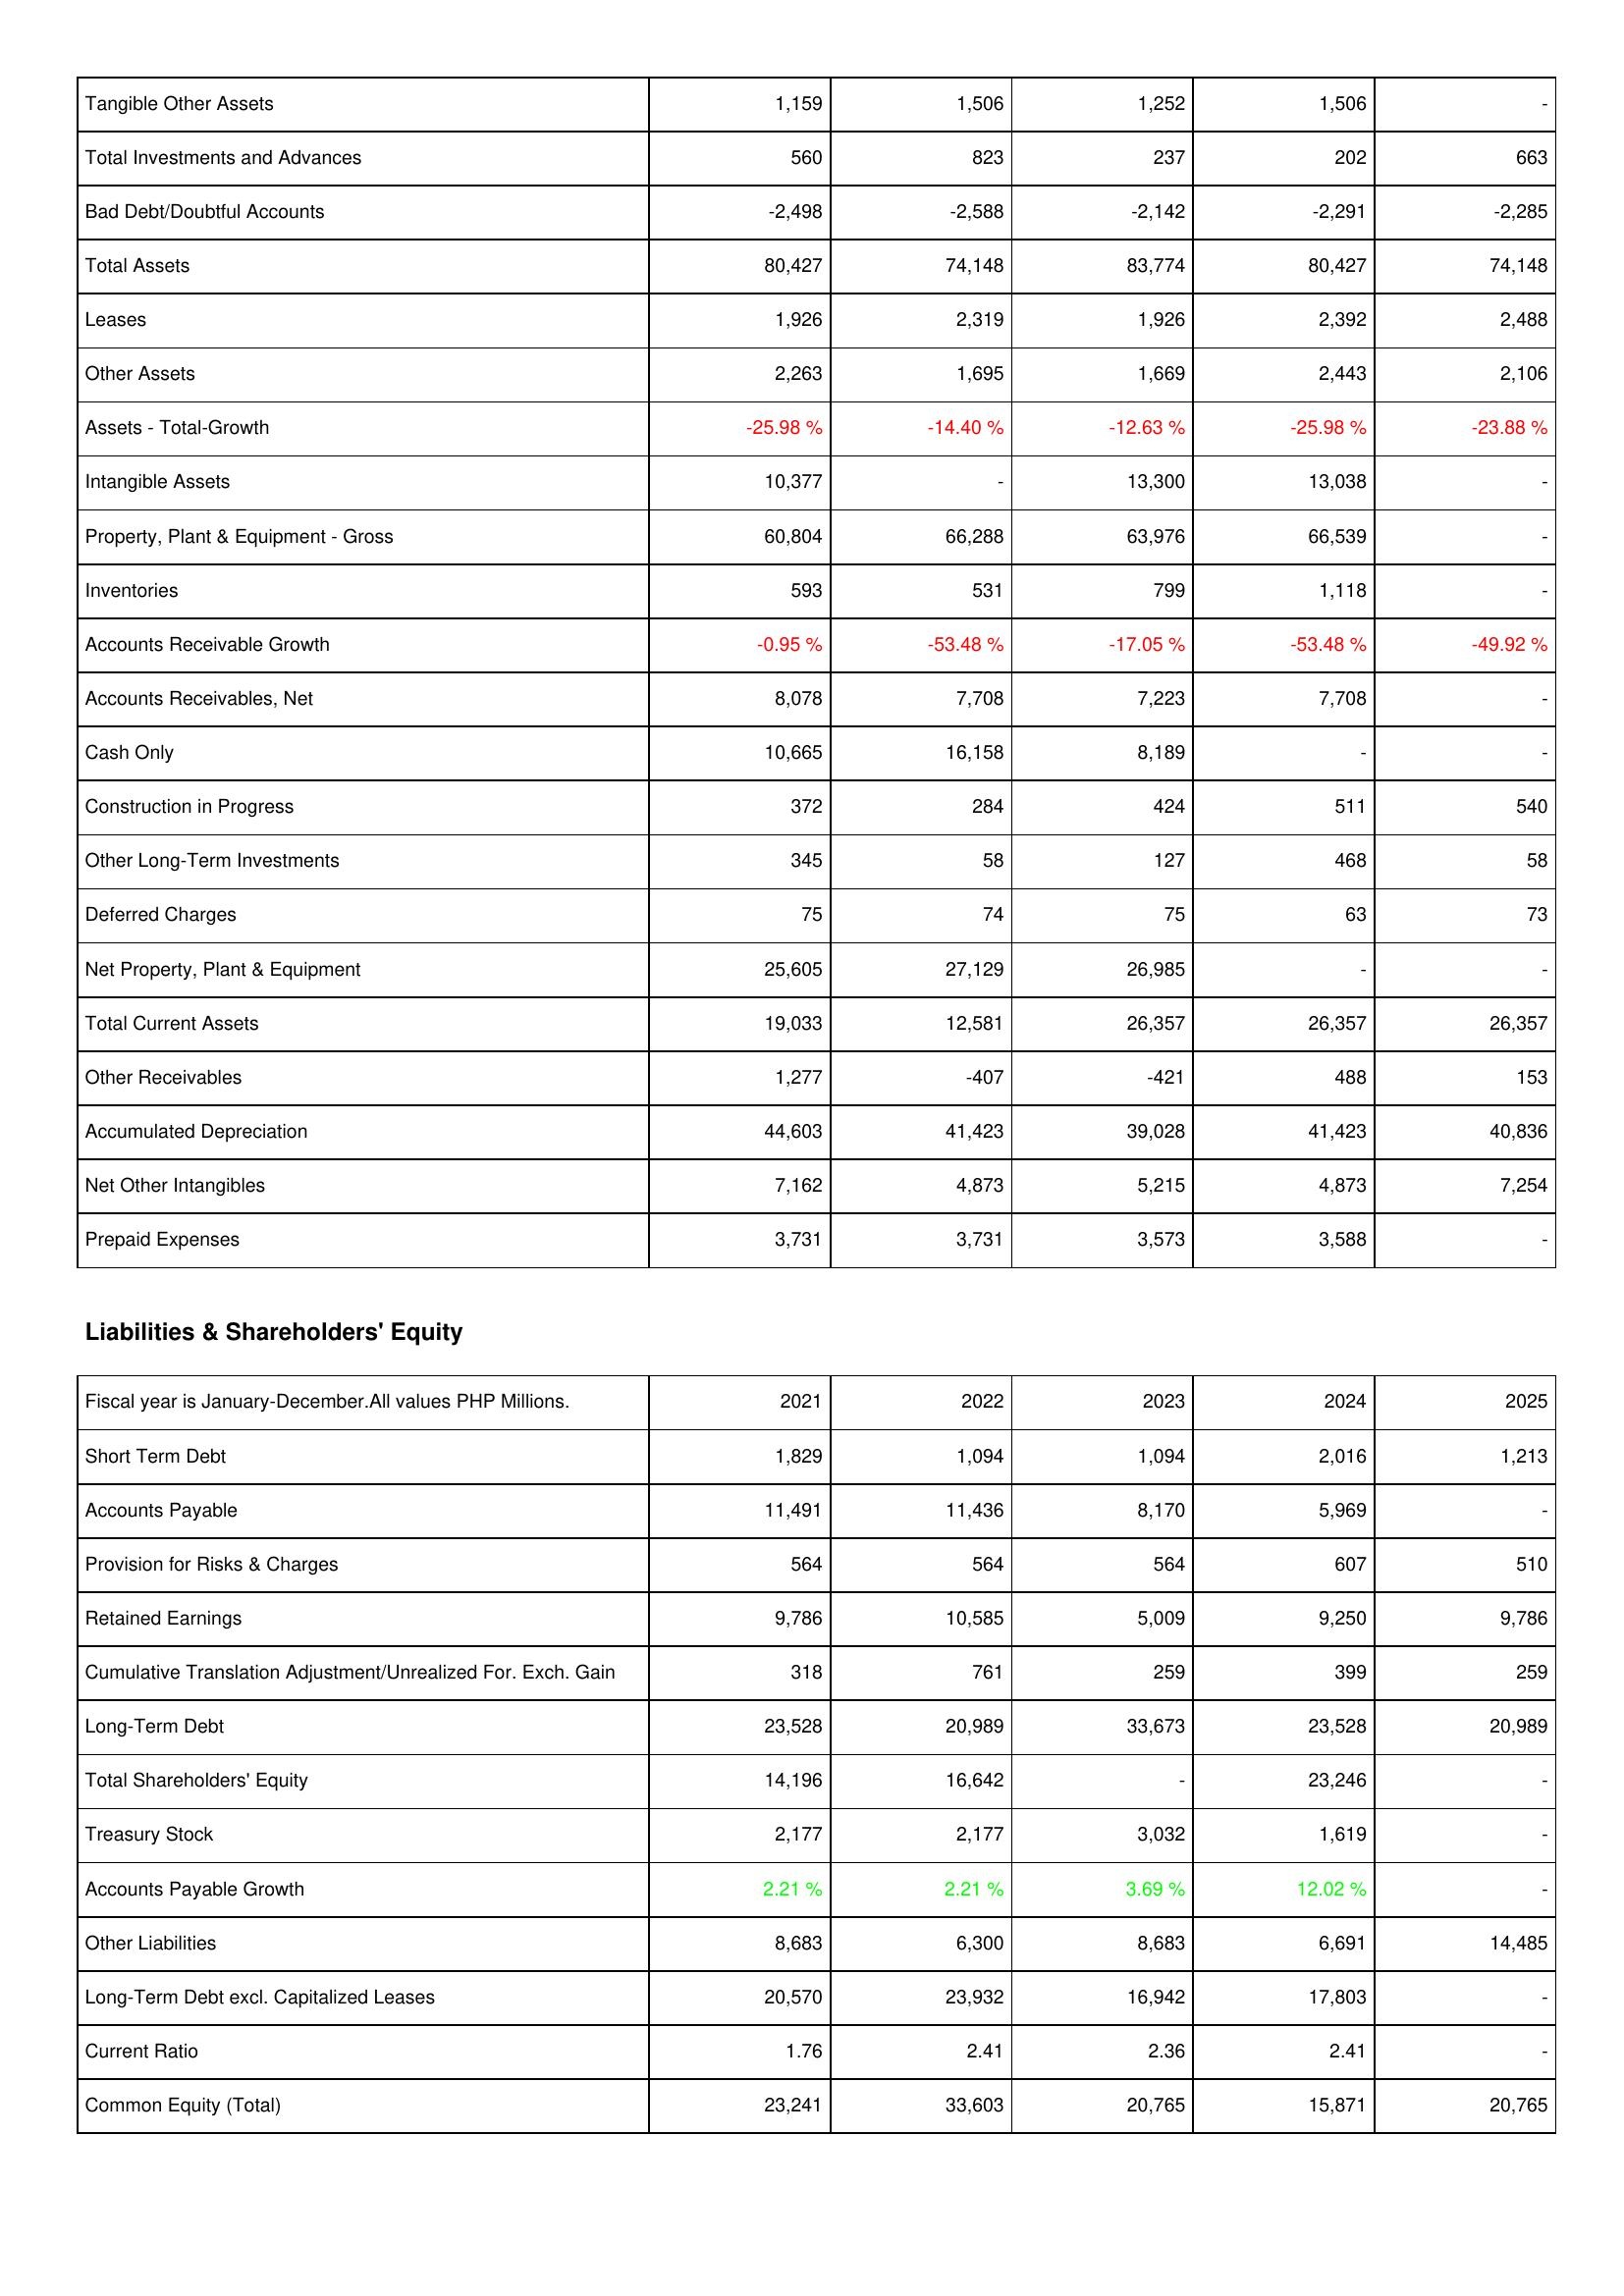
2021: Assets: Tangible Other Assets: 1,159
Total Investments and Advances: 560
Bad Debt/Doubtful Accounts: -2,498
Total Assets: 80,427
Leases: 1,926
Other Assets: 2,263
Assets - Total-Growth: -25.98 %
Intangible Assets: 10,377
Property, Plant & Equipment - Gross: 60,804
Inventories: 593
Accounts Receivable Growth: -0.95 %
Accounts Receivables, Net: 8,078
Cash Only: 10,665
Construction in Progress: 372
Other Long-Term Investments: 345
Deferred Charges: 75
Net Property, Plant & Equipment: 25,605
Total Current Assets: 19,033
Other Receivables: 1,277
Accumulated Depreciation: 44,603
Net Other Intangibles: 7,162
Prepaid Expenses: 3,731
Liabilities & Shareholders' Equity: Short Term Debt: 1,829
Accounts Payable: 11,491
Provision for Risks & Charges: 564
Retained Earnings: 9,786
Cumulative Translation Adjustment/Unrealized For. Exch. Gain: 318
Long-Term Debt: 23,528
Total Shareholders' Equity: 14,196
Treasury Stock: 2,177
Accounts Payable Growth: 2.21 %
Other Liabilities: 8,683
Long-Term Debt excl. Capitalized Leases: 20,570
Current Ratio: 1.76
Common Equity (Total): 23,241
2022: Assets: Tangible Other Assets: 1,506
Total Investments and Advances: 823
Bad Debt/Doubtful Accounts: -2,588
Total Assets: 74,148
Leases: 2,319
Other Assets: 1,695
Assets - Total-Growth: -14.40 %
Intangible Assets: -
Property, Plant & Equipment - Gross: 66,288
Inventories: 531
Accounts Receivable Growth: -53.48 %
Accounts Receivables, Net: 7,708
Cash Only: 16,158
Construction in Progress: 284
Other Long-Term Investments: 58
Deferred Charges: 74
Net Property, Plant & Equipment: 27,129
Total Current Assets: 12,581
Other Receivables: -407
Accumulated Depreciation: 41,423
Net Other Intangibles: 4,873
Prepaid Expenses: 3,731
Liabilities & Shareholders' Equity: Short Term Debt: 1,094
Accounts Payable: 11,436
Provision for Risks & Charges: 564
Retained Earnings: 10,585
Cumulative Translation Adjustment/Unrealized For. Exch. Gain: 761
Long-Term Debt: 20,989
Total Shareholders' Equity: 16,642
Treasury Stock: 2,177
Accounts Payable Growth: 2.21 %
Other Liabilities: 6,300
Long-Term Debt excl. Capitalized Leases: 23,932
Current Ratio: 2.41
Common Equity (Total): 33,603
2023: Assets: Tangible Other Assets: 1,252
Total Investments and Advances: 237
Bad Debt/Doubtful Accounts: -2,142
Total Assets: 83,774
Leases: 1,926
Other Assets: 1,669
Assets - Total-Growth: -12.63 %
Intangible Assets: 13,300
Property, Plant & Equipment - Gross: 63,976
Inventories: 799
Accounts Receivable Growth: -17.05 %
Accounts Receivables, Net: 7,223
Cash Only: 8,189
Construction in Progress: 424
Other Long-Term Investments: 127
Deferred Charges: 75
Net Property, Plant & Equipment: 26,985
Total Current Assets: 26,357
Other Receivables: -421
Accumulated Depreciation: 39,028
Net Other Intangibles: 5,215
Prepaid Expenses: 3,573
Liabilities & Shareholders' Equity: Short Term Debt: 1,094
Accounts Payable: 8,170
Provision for Risks & Charges: 564
Retained Earnings: 5,009
Cumulative Translation Adjustment/Unrealized For. Exch. Gain: 259
Long-Term Debt: 33,673
Total Shareholders' Equity: -
Treasury Stock: 3,032
Accounts Payable Growth: 3.69 %
Other Liabilities: 8,683
Long-Term Debt excl. Capitalized Leases: 16,942
Current Ratio: 2.36
Common Equity (Total): 20,765
2024: Assets: Tangible Other Assets: 1,506
Total Investments and Advances: 202
Bad Debt/Doubtful Accounts: -2,291
Total Assets: 80,427
Leases: 2,392
Other Assets: 2,443
Assets - Total-Growth: -25.98 %
Intangible Assets: 13,038
Property, Plant & Equipment - Gross: 66,539
Inventories: 1,118
Accounts Receivable Growth: -53.48 %
Accounts Receivables, Net: 7,708
Cash Only: -
Construction in Progress: 511
Other Long-Term Investments: 468
Deferred Charges: 63
Net Property, Plant & Equipment: -
Total Current Assets: 26,357
Other Receivables: 488
Accumulated Depreciation: 41,423
Net Other Intangibles: 4,873
Prepaid Expenses: 3,588
Liabilities & Shareholders' Equity: Short Term Debt: 2,016
Accounts Payable: 5,969
Provision for Risks & Charges: 607
Retained Earnings: 9,250
Cumulative Translation Adjustment/Unrealized For. Exch. Gain: 399
Long-Term Debt: 23,528
Total Shareholders' Equity: 23,246
Treasury Stock: 1,619
Accounts Payable Growth: 12.02 %
Other Liabilities: 6,691
Long-Term Debt excl. Capitalized Leases: 17,803
Current Ratio: 2.41
Common Equity (Total): 15,871
2025: Assets: Tangible Other Assets: -
Total Investments and Advances: 663
Bad Debt/Doubtful Accounts: -2,285
Total Assets: 74,148
Leases: 2,488
Other Assets: 2,106
Assets - Total-Growth: -23.88 %
Intangible Assets: -
Property, Plant & Equipment - Gross: -
Inventories: -
Accounts Receivable Growth: -49.92 %
Accounts Receivables, Net: -
Cash Only: -
Construction in Progress: 540
Other Long-Term Investments: 58
Deferred Charges: 73
Net Property, Plant & Equipment: -
Total Current Assets: 26,357
Other Receivables: 153
Accumulated Depreciation: 40,836
Net Other Intangibles: 7,254
Prepaid Expenses: -
Liabilities & Shareholders' Equity: Short Term Debt: 1,213
Accounts Payable: -
Provision for Risks & Charges: 510
Retained Earnings: 9,786
Cumulative Translation Adjustment/Unrealized For. Exch. Gain: 259
Long-Term Debt: 20,989
Total Shareholders' Equity: -
Treasury Stock: -
Accounts Payable Growth: -
Other Liabilities: 14,485
Long-Term Debt excl. Capitalized Leases: -
Current Ratio: -
Common Equity (Total): 20,765